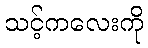
သင့်ကလေးကို